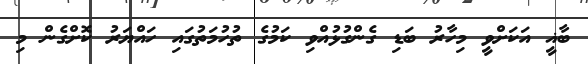
ބާޣީ އަކަށްވީ މިހާރު ބަޑި ގެންގުޅުއްވި ކަމުގެ ތުހުމަތުގައި ހައްޔަރު ކޮށްގެން މި